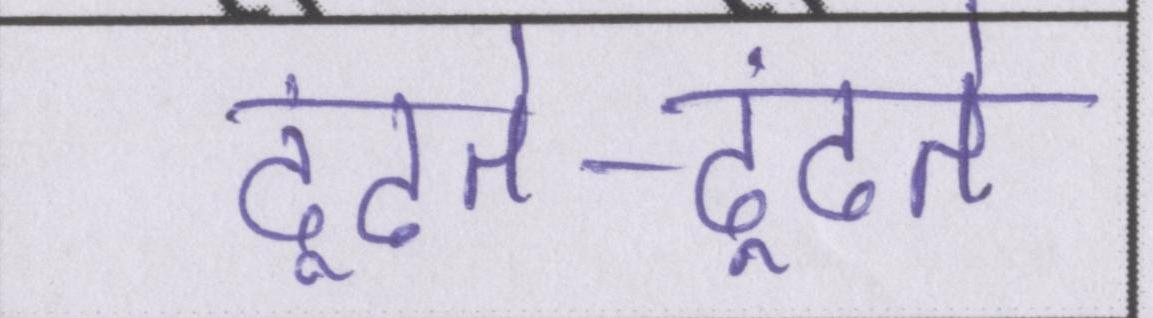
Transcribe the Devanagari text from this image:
ढूंढते-ढूंढते